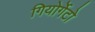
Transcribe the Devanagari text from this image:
गियोर्गेटो